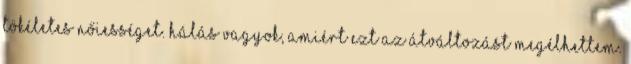
tökéletes nőiességet. Hálás vagyok, amiért ezt az átváltozást megélhettem.